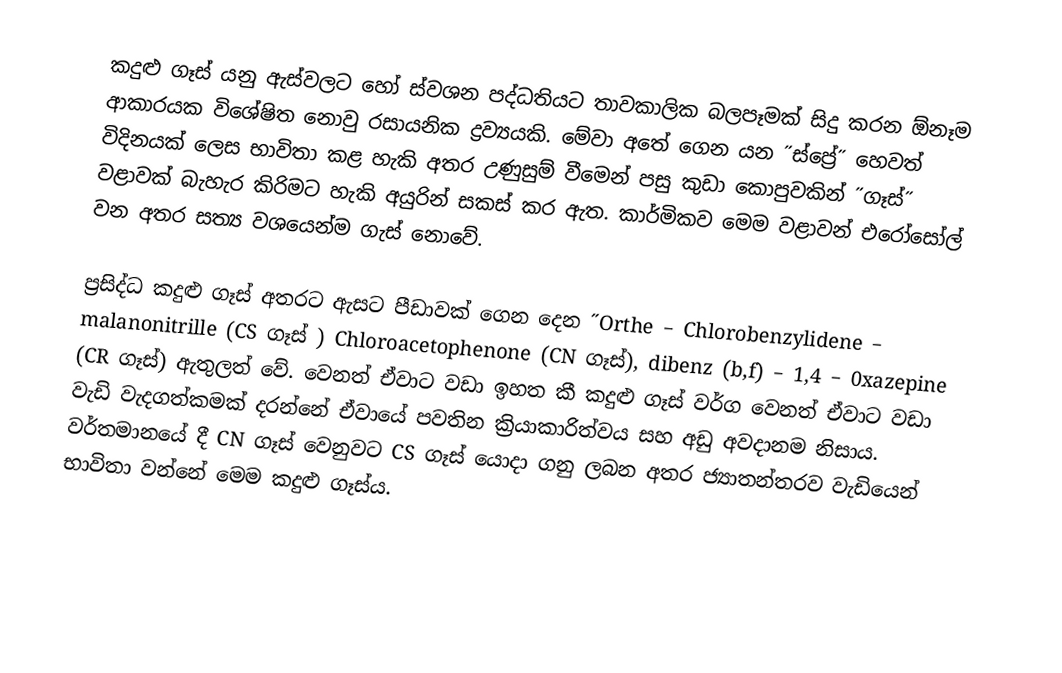
කදුළු ගෑස් යනු ඇස්වලට හෝ ස්වශන පද්ධතියට තාවකාලික බලපෑමක් සිදු කරන ඕනෑම ආකාරයක විශේෂිත නොවු රසායනික ද්‍රව්‍යයකි. මේවා අතේ ගෙන යන ˝ස්ප්‍රේ˝ හෙවත් විදිනයක් ලෙස භාවිතා කළ හැකි අතර උණුසුම් වීමෙන් පසු කුඩා කොපුවකින් ˝ගෑස්˝ වළාවක් බැහැර කිරිමට හැකි අයුරින් සකස් කර ඇත. කාර්මිකව මෙම වළාවන් එරෝසෝල් වන අතර සත්‍ය වශයෙන්ම  ගැස් නොවේ.

ප්‍රසිද්ධ  කදුළු ගෑස් අතරට ඇසට පීඩාවක් ගෙන දෙන ˝Orthe – Chlorobenzylidene – malanonitrille (CS ගෑස් ) Chloroacetophenone (CN ගෑස්), dibenz (b,f) – 1,4 – 0xazepine (CR ගෑස්) ඇතුලත් වේ. වෙනත් ඒවාට වඩා ඉහත කී කදුළු ගෑස් වර්ග වෙනත් ඒවාට වඩා වැඩි වැදගත්කමක් දරන්නේ ඒවායේ පවතින ක්‍රියාකාරිත්වය සහ අඩු අවදානම නිසාය. වර්තමානයේ දී CN ගෑස් වෙනුවට CS ගෑස්  යොදා ගනු ලබන අතර ජ්‍යාතන්තරව වැඩියෙන් භාවිතා වන්නේ මෙම කදුළු ගෑස්ය.